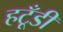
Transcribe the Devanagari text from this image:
हटूँडी